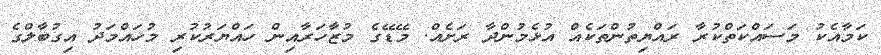
ކަމާއެކު މަސައްކަތްކުރާ ރައްޔިތުންތަކެއް އުޅެމުންދާ ރަށެއް. މޭޑޭގެ މުޒާހަރާއިން ހައްޔަރުކުރި މުހައްމަދު އިގުބާލްގެ